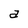
Character: a